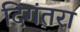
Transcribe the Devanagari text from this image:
दिगंतरा